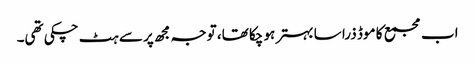
اب مجمع کا موڈ ذرا سا بہتر ہو چکا تھا، توجہ مجھ پر سے ہٹ چکی تھی۔